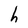
Character: h